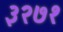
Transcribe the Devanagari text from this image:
३२७१